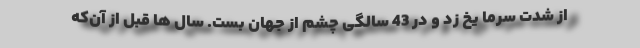
از شدت سرما یخ زد و در 43 سالگی چشم از جهان بست. سال ها قبل از آن‌که